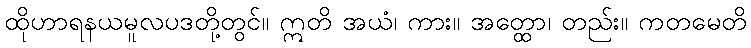
ထိုဟာရနယမူလပဒတို့တွင်။ ဣတိ အယံ၊ ကား။ အတ္ထော၊ တည်း။ ကတမေတိ